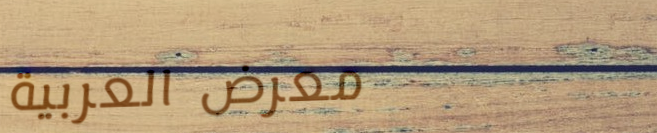
معرض العربية